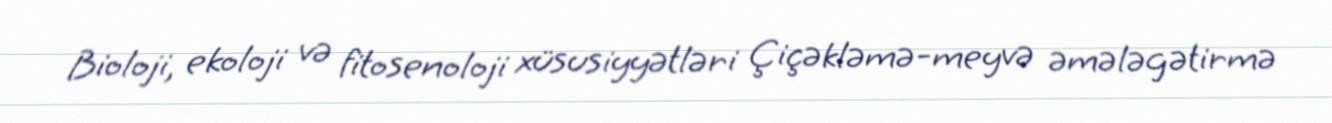
Bioloji, ekoloji və fitosenoloji xüsusiyyətləri Çiçəkləmə-meyvə əmələgətirmə